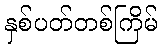
နှစ်ပတ်တစ်ကြိမ်